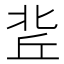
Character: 𠤢